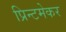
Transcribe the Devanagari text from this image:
प्रिन्टमेकर